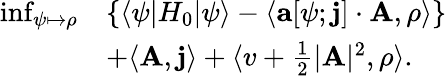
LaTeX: \begin{array}{rl}{\operatorname*{inf}_{\psi\mapsto\rho}}&{\left\{ \langle\psi|H_{0}|\psi\rangle-\langle\mathbf{a}[\psi;\mathbf{j}]\cdot\mathbf{A},\rho\rangle\right\} }\\ &{+\langle\mathbf{A},\mathbf{j}\rangle+\langle v+\frac 12\vert\mathbf{A}\vert^{2},\rho\rangle.}\end{array}